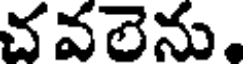
చవలెను.